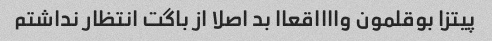
پیتزا بوقلمون وااااقعاا بد اصلا از باگت انتظار ندا‌شتم